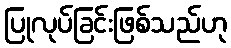
ပြုလုပ်ခြင်းဖြစ်သည်ဟု